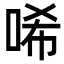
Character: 唏